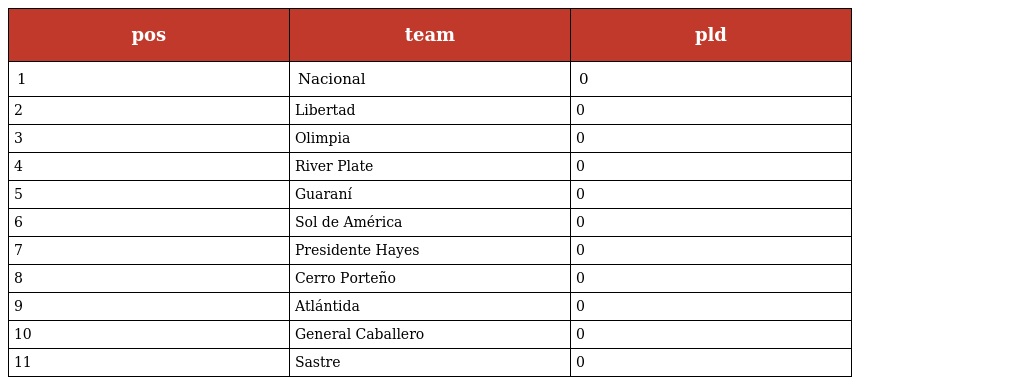
| pos | team | pld |
 | --- | --- | --- |
 | 1 | Nacional | 0 |
 | 2 | Libertad | 0 |
 | 3 | Olimpia | 0 |
 | 4 | River Plate | 0 |
 | 5 | Guaraní | 0 |
 | 6 | Sol de América | 0 |
 | 7 | Presidente Hayes | 0 |
 | 8 | Cerro Porteño | 0 |
 | 9 | Atlántida | 0 |
 | 10 | General Caballero | 0 |
 | 11 | Sastre | 0 |